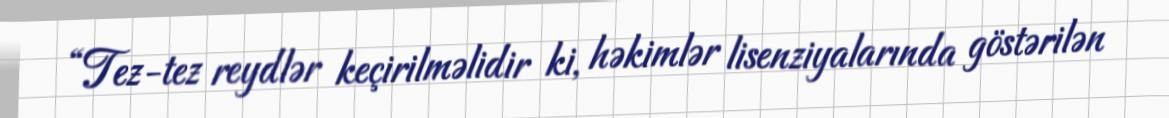
“Tez-tez reydlər keçirilməlidir ki, həkimlər lisenziyalarında göstərilən